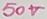
Text: 50V